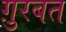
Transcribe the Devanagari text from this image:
ग़ुरबत